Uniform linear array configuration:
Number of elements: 32
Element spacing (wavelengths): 0.75
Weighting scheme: exponential
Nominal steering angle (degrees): -15
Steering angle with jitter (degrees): -14.912
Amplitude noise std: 0.05
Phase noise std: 0.05

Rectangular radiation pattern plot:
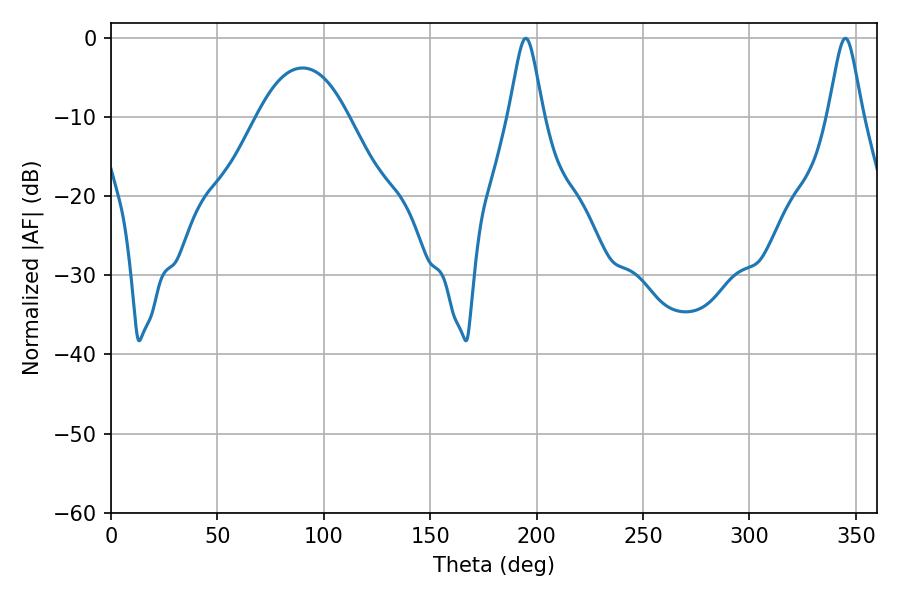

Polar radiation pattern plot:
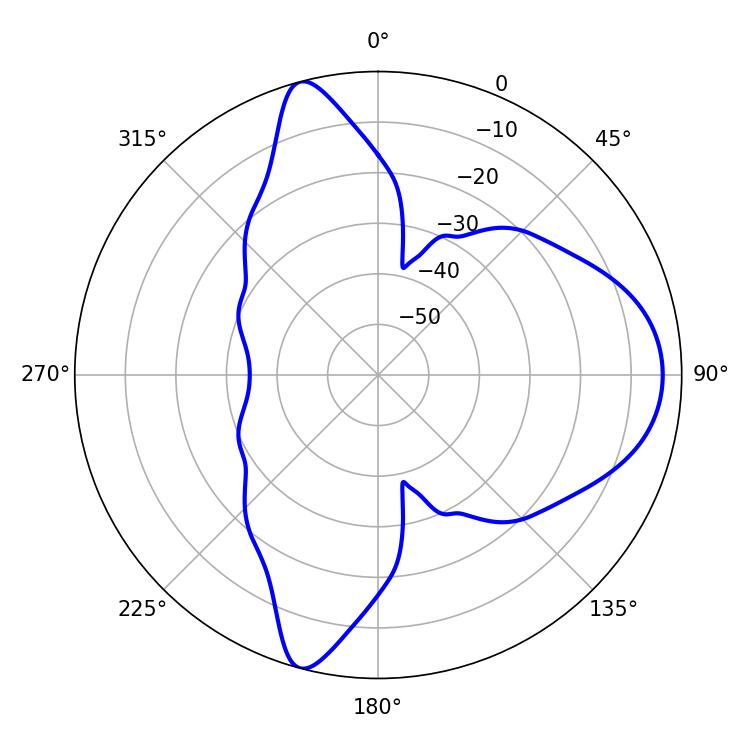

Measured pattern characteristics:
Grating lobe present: TRUE
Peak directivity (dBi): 11.201
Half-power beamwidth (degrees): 7.92
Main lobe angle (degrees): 194.94